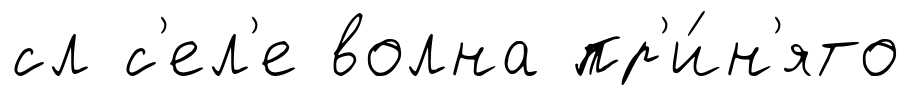
сл с'ел'е волна пр'и́н'ято